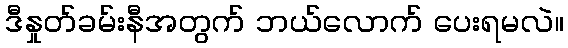
ဒီနှုတ်ခမ်းနီအတွက် ဘယ်လောက် ပေးရမလဲ။